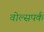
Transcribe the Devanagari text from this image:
वोल्सपर्क